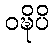
ဝဍ္ဎိပိ